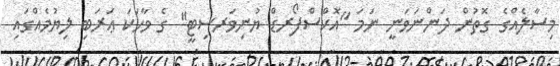
މިސާލެއްގެ ގޮތުން ދަންނަވަނީ ނަމަ ''އޮކްސްފޯރޑް ޔުނިވަރސިޓީ'' ގެ ވާހަކަ ޢަރަބި ލިޔުމެއްގައި